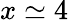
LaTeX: x\simeq 4